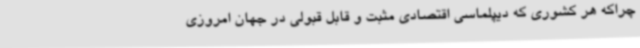
چراکه هر کشوری که دیپلماسی اقتصادی مثبت و قابل قبولی در جهان امروزی